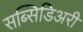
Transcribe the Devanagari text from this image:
सब्सिडिअरी